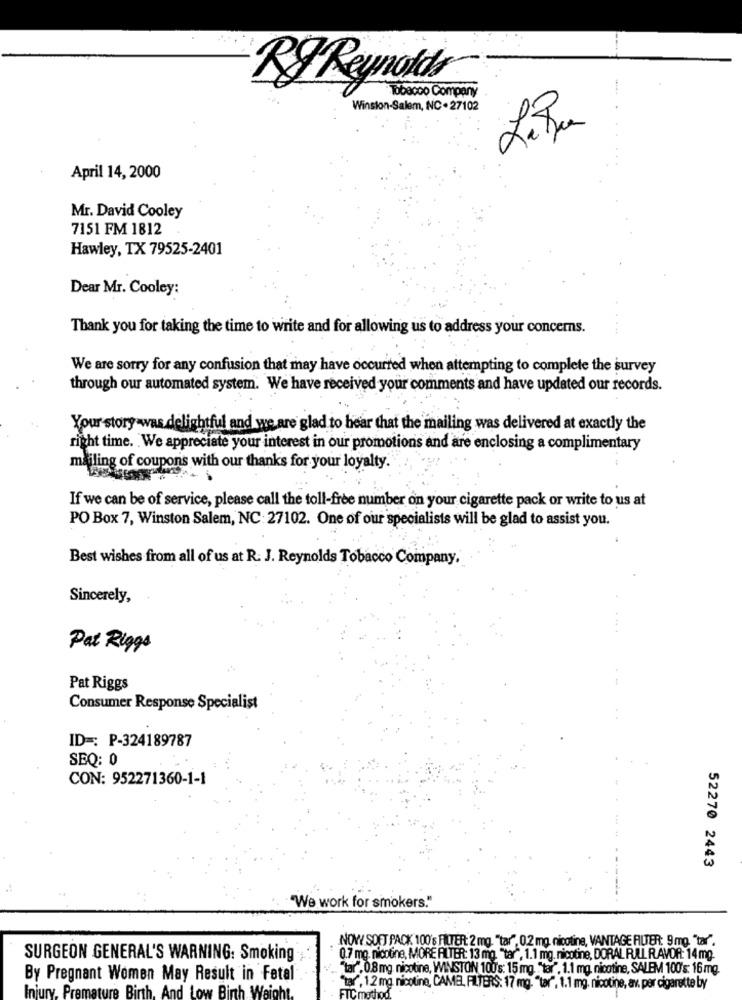
RJ Reynolds
Tobacco Company
Winston-Salem, NC . 27102
LeBu
April 14, 2000
Mr. David Cooley
7151 FM 1812
Hawley, TX 79525-2401
Dear Mr. Cooley:
Thank you for taking the time to write and for allowing us to address your concerns.
We are sorry for any confusion that may have occurred when attempting to complete the survey
through our automated system. We have received your comments and have updated our records.
Your story was delightful and we are glad to hear that the mailing was delivered at exactly the
right time. We appreciate your interest in our promotions and are enclosing a complimentary
mailing of coupons with our thanks for your loyalty.
If we can be of service, please call the toll-free number on your cigarette pack or write to us at
PO Box 7, Winston Salem, NC: 27102. One of our specialists will be glad to assist you.
Best wishes from all of us at R. J. Reynolds Tobacco Company.
Sincerely,
Pat Riggs
Pat Riggs
Consumer Response Specialist
ID =: P-324189787
SEQ: 0
CON: 952271360-1-1
52270 2443
"We work for smokers."
NOWY SOFT PACK 100's FILTER: 2 mg. "tar", 0,2 mg. nicotine, VANTAGE FILTER: 9 mg, "tar".
SURGEON GENERAL'S WARNING: Smoking
0.7 mg. nicotine, MORE FILTER: 13 mg, "tar", 1.1 mg. nicotine, DORAL RULL RAVOR: 14 mg.
"tar", 0.8 mg nicotine, WINSTON 100's: 15 mg. "tar". 1.1 mg. nicotine, SALEM 100's: 16 mg.
By Pregnant Women May Result in Fetal
Injury, Premature Birth, And Low Birth Weight
Star", 1.2 mg. nicotine, CAME, FILTERS: 17 mg. "tar", 1.1 mg. nicotine, av. par cigarette by
FTC mat